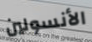
الأنسولين